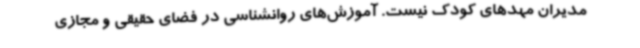
مدیران مهدهای کودک نیست. آموزش‌های روانشناسی در فضای حقیقی و مجازی